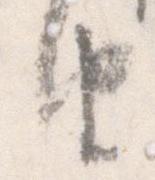
由